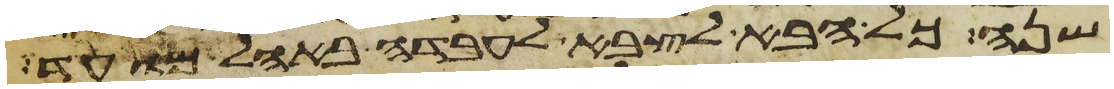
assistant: שנה כל הבא לצבא לעבדה באהל מועד